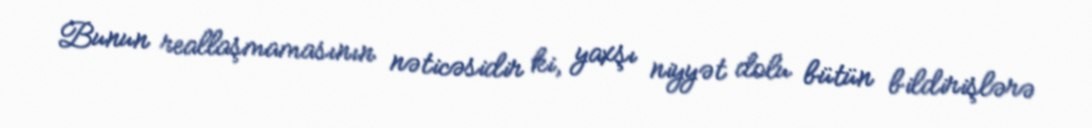
Bunun reallaşmamasının nəticəsidir ki, yaxşı niyyət dolu bütün bildirişlərə